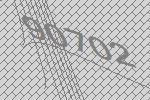
90702